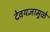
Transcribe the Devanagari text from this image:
देवयज्ञामुळे